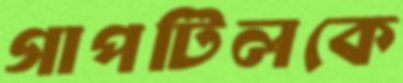
গাপটিলকে